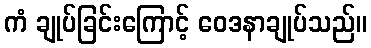
ကံ ချုပ်ခြင်းကြောင့် ဝေဒနာချုပ်သည်။